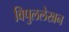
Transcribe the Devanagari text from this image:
विपुललेखन